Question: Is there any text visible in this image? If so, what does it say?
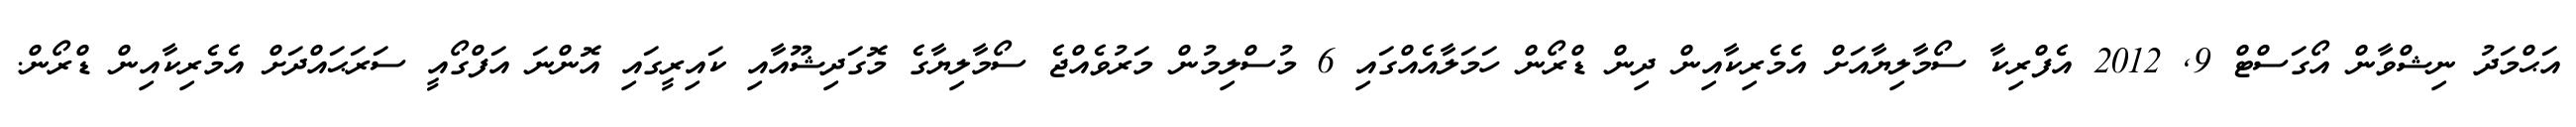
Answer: އަޙްމަދު ނިޝްވާން އޯގަސްޓް 9, 2012 އެފްރިކާ ސޯމާލިޔާއަށް އެމެރިކާއިން ދިން ޑްރޯން ހަމަލާއެއްގައި 6 މުސްލިމުން މަރުވެއްޖެ ސޯމާލިޔާގެ މޮގަދިޝޫއާއި ކައިރީގައި އޮންނަ އަފްގޯއީ ސަރަޙައްދަށް އެމެރިކާއިން ޑްރޯން.